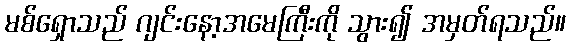
မစ်ရှောသည် ဂျင်းနော့အမေကြီးကို သွား၍ အမှတ်ရသည်။